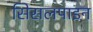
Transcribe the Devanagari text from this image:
सिसलपाइन